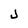
Character: j